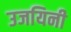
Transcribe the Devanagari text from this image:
उजयिनी